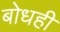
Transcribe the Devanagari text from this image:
बोधही